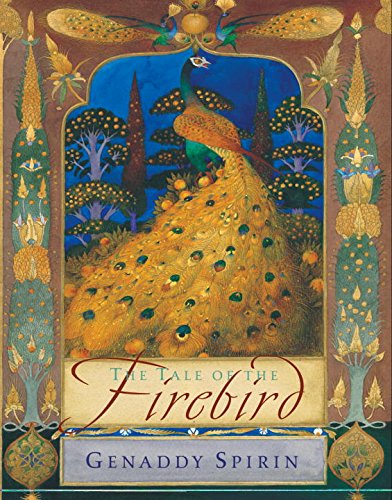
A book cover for The Tale of the Firebird; Gennady Spirin; Children's Books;